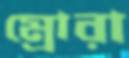
ম্রোরা